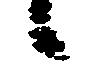
候